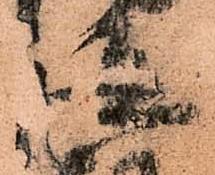
従